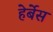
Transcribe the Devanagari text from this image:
हेर्बेस